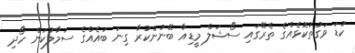
ކުޑަ ވަގުތުކޮޅެއްގެ ތެރޭގައި ސޯޝަލް މީޑިއާ ބޭނުންކުރާ ގިނަ ބައެއްގެ ސަމާލުކަން ހޯދި